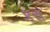
કરા